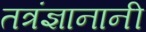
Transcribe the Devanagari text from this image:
तत्रंज्ञानानी